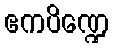
ဧကပိဏ္ဍေ